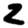
Digit: 2